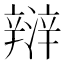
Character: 㵷